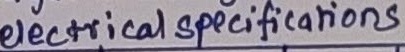
Text: electrical specifications